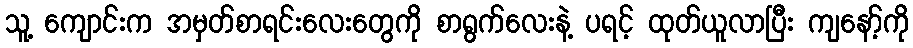
သူ့ ကျောင်းက အမှတ်စာရင်းလေးတွေကို စာရွက်လေးနဲ့ ပရင့် ထုတ်ယူလာပြီး ကျနော့်ကို